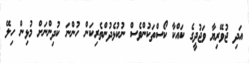
އަދި ޖުވޭރިޔާ ވަޖުދީގެ ކައްކާ ކޯސްތަކުންވެސް ނުކުޅެދުންތެރިކަން ހުންނަ ކުދިންނަށް މުޅިން ހިލޭ